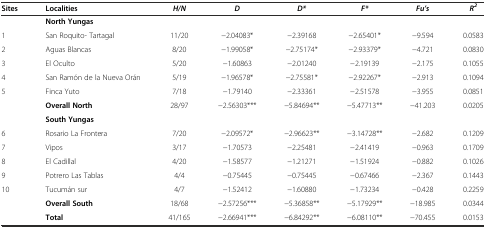
<table><thead><tr><td><b>Sites</b></td><td><b>Localities</b></td><td><b><i>H/N</i></b></td><td><b><i>D</i></b></td><td><b><i>D*</i></b></td><td><b><i>F*</i></b></td><td><b><i>Fu’s</i></b></td><td><b><i>R</i><sup><i>2</i></sup></b></td></tr></thead><tbody><tr><td></td><td><b>North Yungas</b></td><td></td><td></td><td></td><td></td><td></td><td></td></tr><tr><td>1</td><td>San Roquito- Tartagal</td><td>11/20</td><td>-2.04083*</td><td>-2.39168</td><td>-2.65401*</td><td>-9.594</td><td>0.0583</td></tr><tr><td>2</td><td>Aguas Blancas</td><td>8/20</td><td>-1.99058*</td><td>-2.75174*</td><td>-2.93379*</td><td>-4.721</td><td>0.0830</td></tr><tr><td>3</td><td>El Oculto</td><td>5/20</td><td>-1.60863</td><td>-2.01240</td><td>-2.19139</td><td>-2.175</td><td>0.1055</td></tr><tr><td>4</td><td>San Ramón de la Nueva Orán</td><td>5/19</td><td>-1.96578*</td><td>-2.75581*</td><td>-2.92267*</td><td>-2.913</td><td>0.1094</td></tr><tr><td>5</td><td>Finca Yuto</td><td>7/18</td><td>-1.79140</td><td>-2.33361</td><td>-2.51578</td><td>-3.955</td><td>0.0851</td></tr><tr><td></td><td><b>Overall North</b></td><td>28/97</td><td>-2.56303***</td><td>-5.84694**</td><td>-5.47713**</td><td>-41.203</td><td>0.0205</td></tr><tr><td></td><td><b>South Yungas</b></td><td></td><td></td><td></td><td></td><td></td><td></td></tr><tr><td>6</td><td>Rosario La Frontera</td><td>7/20</td><td>-2.09572*</td><td>-2.96623**</td><td>-3.14728**</td><td>-2.682</td><td>0.1209</td></tr><tr><td>7</td><td>Vipos</td><td>3/17</td><td>-1.70573</td><td>-2.25481</td><td>-2.41419</td><td>-0.963</td><td>0.1709</td></tr><tr><td>8</td><td>El Cadillal</td><td>4/20</td><td>-1.58577</td><td>-1.21271</td><td>-1.51924</td><td>-0.882</td><td>0.1026</td></tr><tr><td>9</td><td>Potrero Las Tablas</td><td>4/4</td><td>-0.75445</td><td>-0.75445</td><td>-0.67466</td><td>-2.367</td><td>0.1443</td></tr><tr><td>10</td><td>Tucumán sur</td><td>4/7</td><td>-1.52412</td><td>-1.60880</td><td>-1.73234</td><td>-0.428</td><td>0.2259</td></tr><tr><td></td><td><b>Overall South</b></td><td>18/68</td><td>-2.57256***</td><td>-5.36858**</td><td>-5.17929**</td><td>-18.985</td><td>0.0344</td></tr><tr><td></td><td><b>Total</b></td><td>41/165</td><td>-2.66941***</td><td>-6.84292**</td><td>-6.08110**</td><td>-70.455</td><td>0.0153</td></tr></tbody></table>